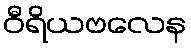
ဝီရိယဗလေန